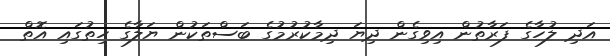
އަދި ލުހާގެ ފަރާތުން އިވިގެން ދިޔަ ދިމާކުރުމުގެ ބަސްތަކުން ޔަލާގެ ހިތުގައި އޮތް